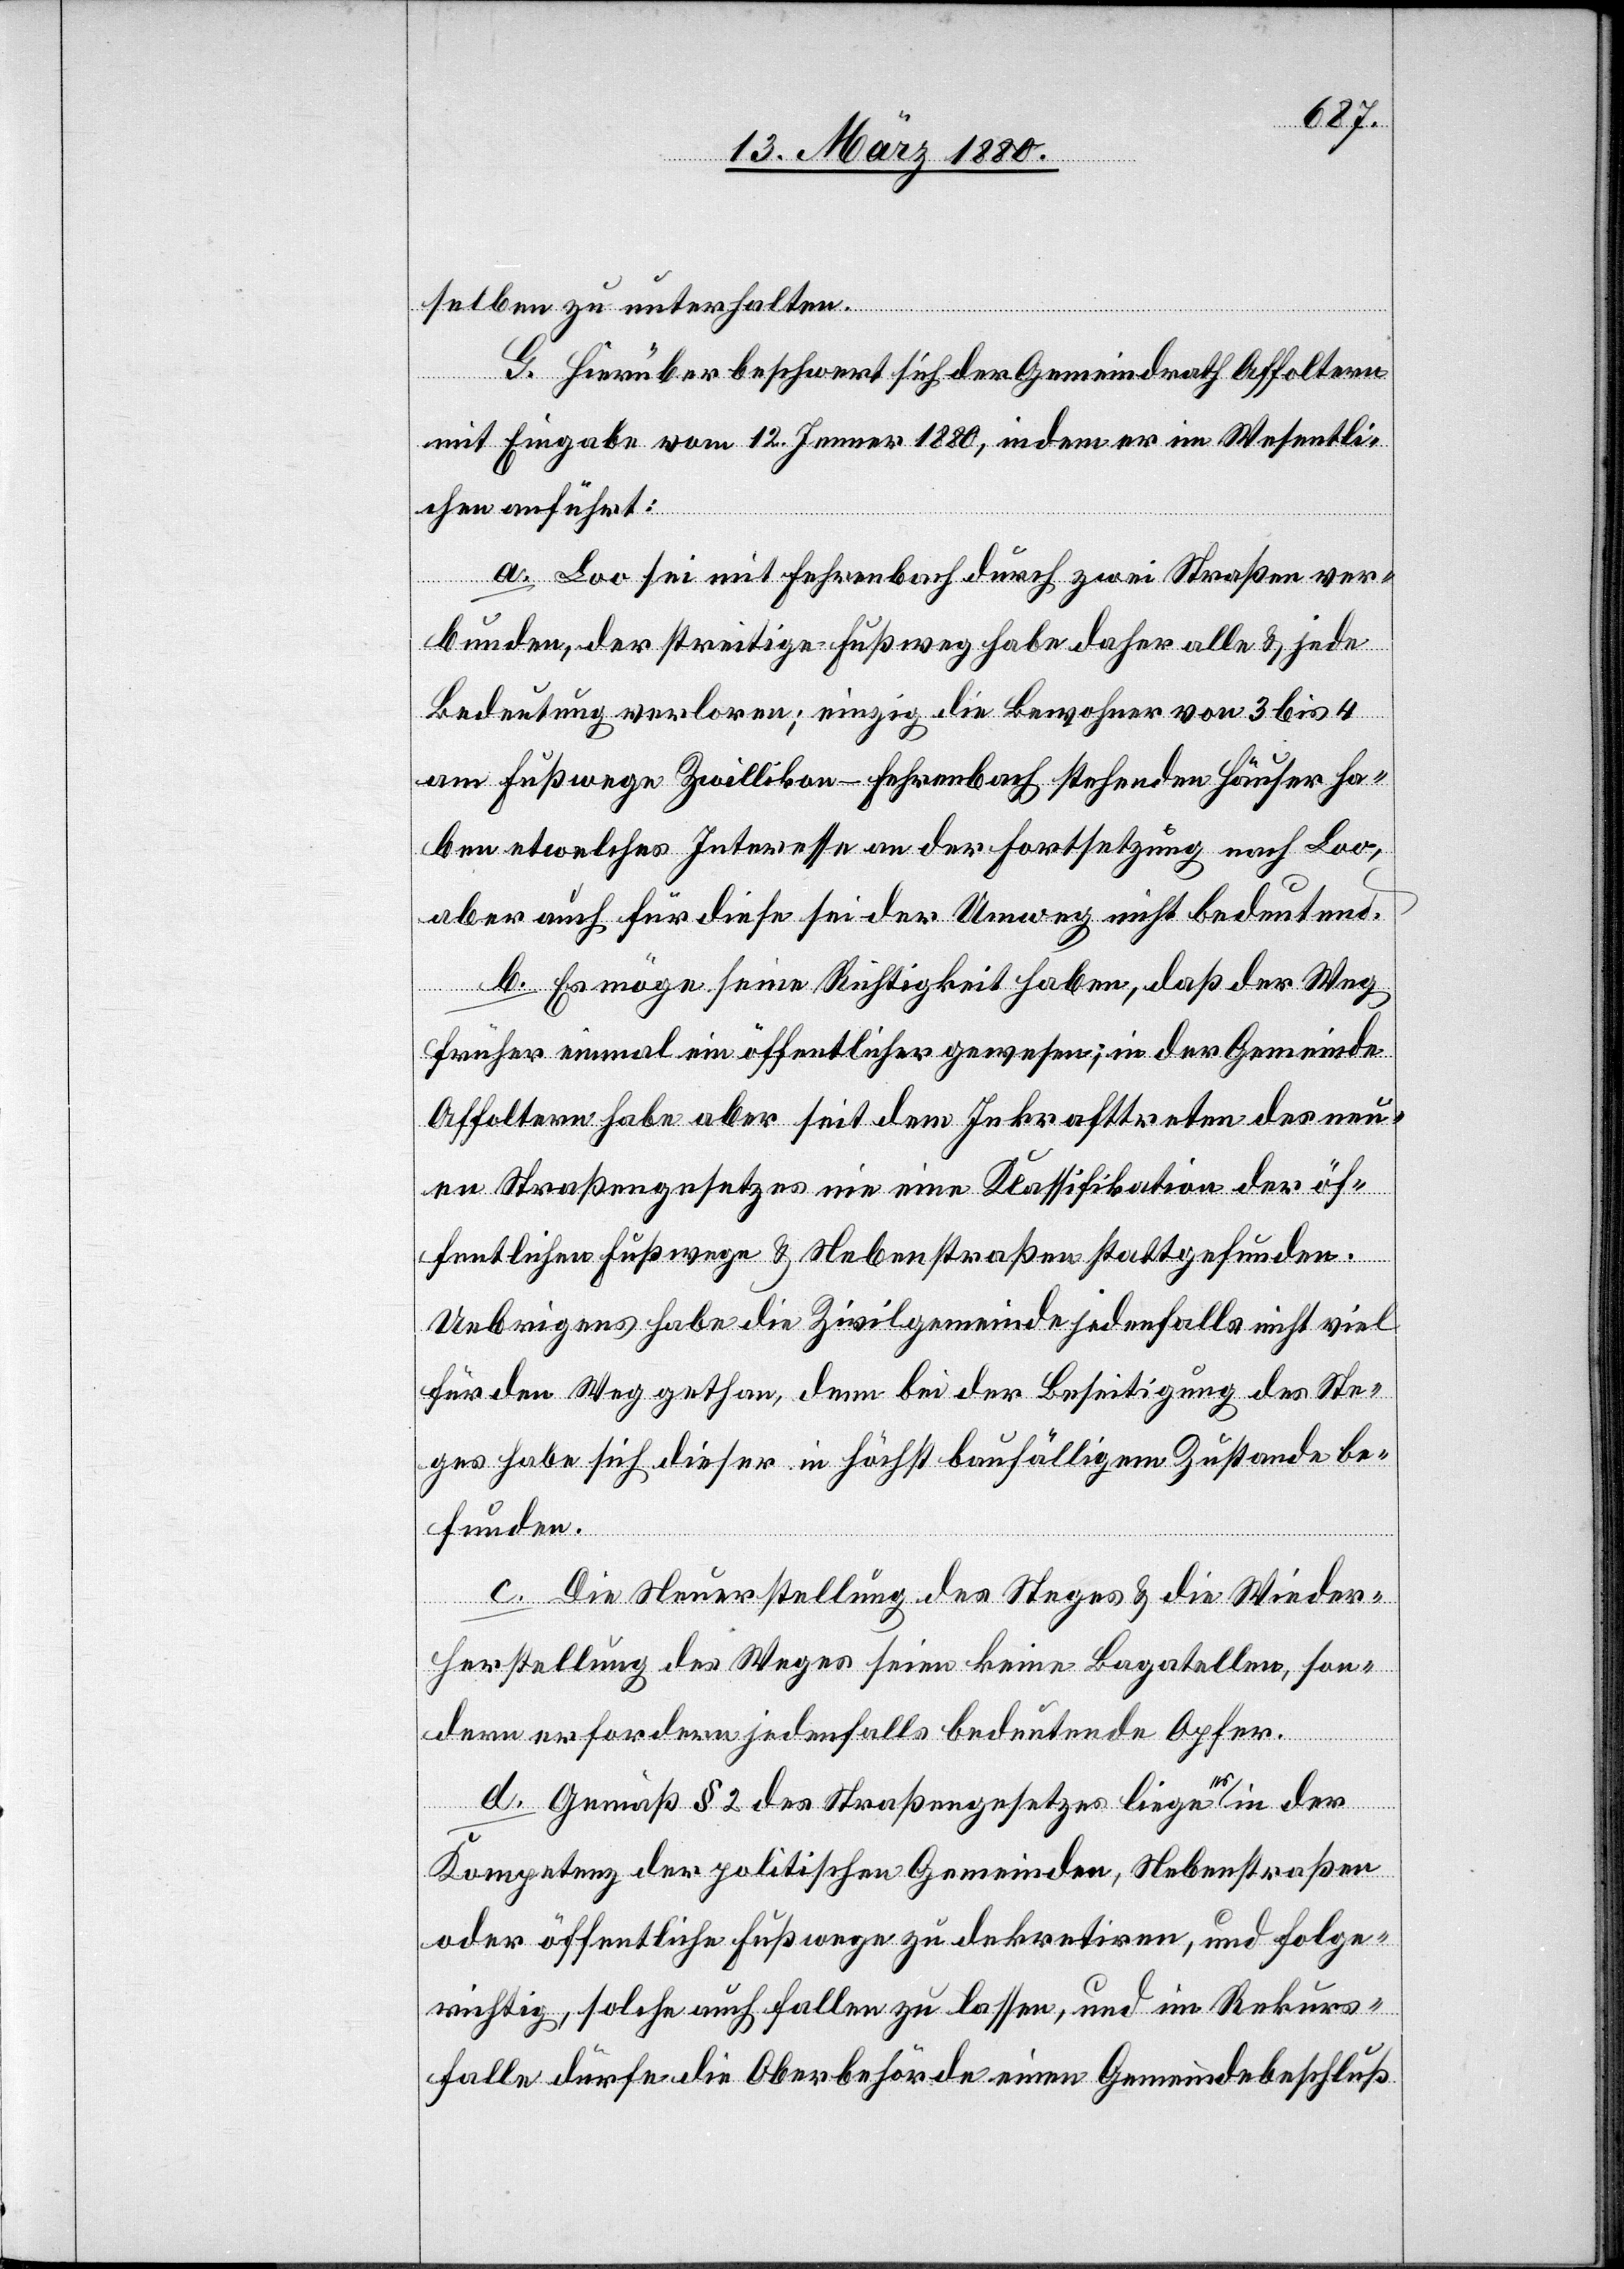
selben zu unterhalten.
G. Hierüber beschwert sich der Gemeindrath Affoltern
mit Eingabe vom 12. Jenner 1880, indem er im Wesentli¬
chen anführt:
a. Loo sei mit Fehrenbach durch zwei Straßen ver¬
bunden, der streitige Fußweg habe daher alle & jede
Bedeutung verloren; einzig die Bewohner von 3 bis 4
am Fußwege Zwillikon–Fehrenbach stehenden Häuser ha¬
ben etwelches Interesse an der Fortsetzung nach Loo,
aber auch für diese sei der Umweg nicht bedeutend.
b. Es möge seine Richtigkeit haben, daß der Weg
früher einmal ein öffentlicher gewesen; in der Gemeinde
Affoltern habe aber seit dem Inkrafttreten des neu¬
en Straßengesetzes nie eine Klassifikation der öf¬
fentlichen Fußwege & Nebenstraßen stattgefunden.
Uebrigens habe die Zivilgemeinde jedenfalls nicht viel
für den Weg gethan, denn bei der Beseitigung des Ste¬
ges habe sich dieser in höchst baufälligem Zustande be¬
funden.
c. Die Neuerstellung des Steges & die Wieder¬
herstellung des Weges seien keine Bagatellen, son¬
dern erfordern jedenfalls bedeutende Opfer.
d. Gemäß § 2 des Straßengesetzes liege a-es-a in der
Kompetenz der politischen Gemeinden, Nebenstraßen
oder öffentliche Fußwege zu dekretiren, und folge¬
richtig, solche auch fallen zu lassen, und im Rekurs¬
falle dürfe die Oberbehörde einen Gemeindebeschluß